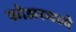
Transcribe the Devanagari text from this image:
कोअरमध्ये